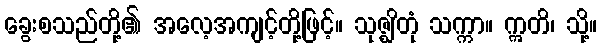
ခွေးစသည်တို့၏ အလေ့အကျင့်တို့ဖြင့်။ သုဇ္ဈိတုံ သက္ကာ။ ဣတိ၊ သို့။